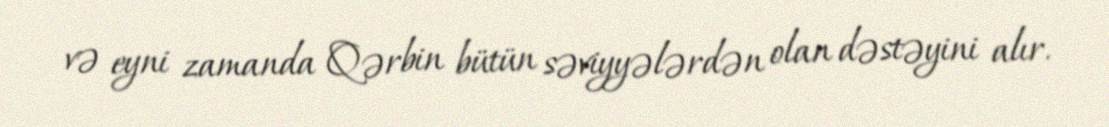
və eyni zamanda Qərbin bütün səviyyələrdən olan dəstəyini alır.